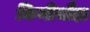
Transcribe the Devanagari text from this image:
किमीचौड़ा